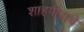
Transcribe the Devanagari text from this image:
शाहपीराचे